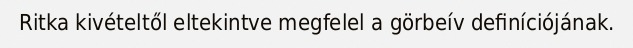
Ritka kivételtől eltekintve megfelel a görbeív definíciójának.